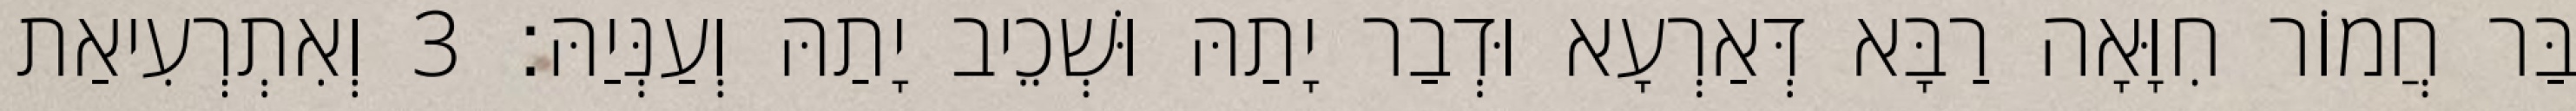
בַּר חֲמוֹר חִוָּאָה רַבָּא דְּאַרְעָא וּדְבַר יָתַהּ וּשְׁכֵיב יָתַהּ וְעַנְּיַהּ׃ 3 וְאִתְרְעִיאַת